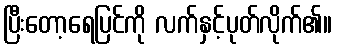
ပြီးတော့ရေပြင်ကို လက်နှင့်ပုတ်လိုက်၏။